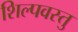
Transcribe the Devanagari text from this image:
शिल्पवस्तु